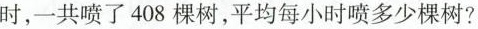
时，一共喷了408棵树，平均每小时喷多少棵树?